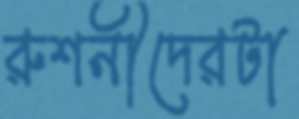
রুশনীদেরটা